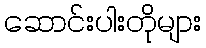
ဆောင်းပါးတိုများ